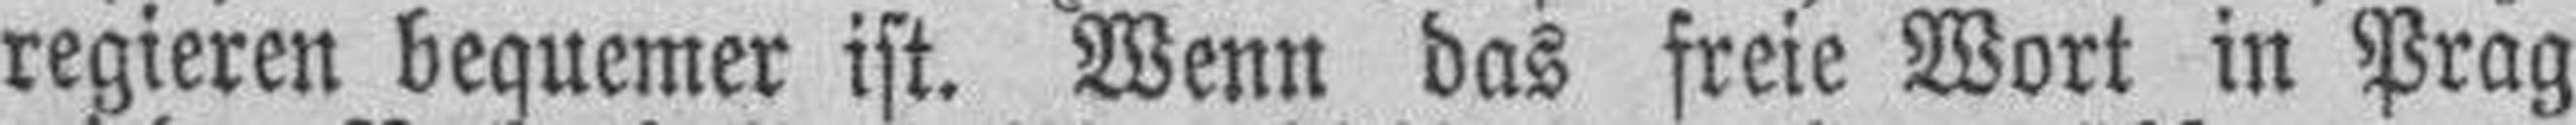
regieren bequemer ist. Wenn das freie Wort in Prag